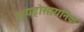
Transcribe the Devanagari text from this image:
हायड्रोसायनिक